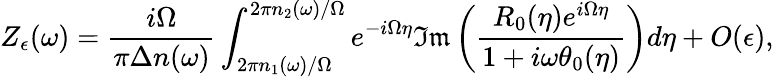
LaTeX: Z_{\epsilon}(\omega)=\frac{i\Omega}{\pi\Delta n(\omega)}\int_{2\pi n_{1}(\omega)/\Omega}^{2\pi n_{2}(\omega)/\Omega}e^{-i\Omega\eta}\mathfrak{Im}\left(\frac{R_{0}(\eta)e^{i\Omega\eta}}{1+i\omega\theta_{0}(\eta)}\right)d\eta+O(\epsilon),